Lunatic asylums Bombay report 1891-1903 - 1891-1903
Year: 1891
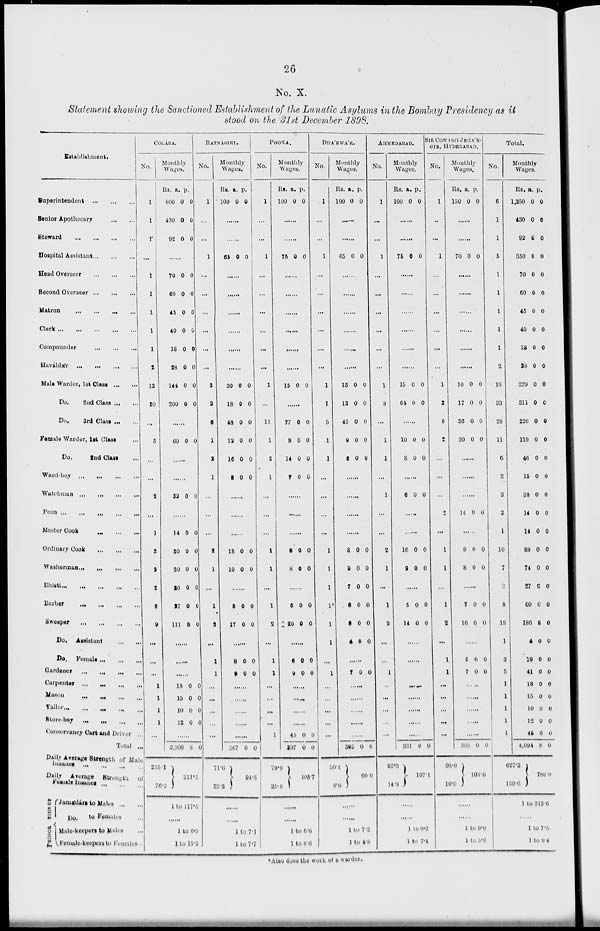
26
No. X.
Statement showing the Sanctioned Establishment of the Lunatic Asylums in the Bombay Presidency as it
stood on the 31st December 1898.
Establishment.
Superintendent
...
...
...
Senior Apothecary
...
...
Steward
...
...
...
...
Hospital Assistant
...
...
...
Head Overseer
...
...
Second Overseer
...
...
...
Matron
...
...
...
...
Clerk
...
...
...
...
...
Compounder
...
...
...
Haváldár ... ... ... ...
Male Warder, 1st Class
...
...
Do.
2nd Class
...
...
Do.
3rd
Class ... ...
Female Warder, 1st Class ...
Do.
2nd
Class ...
Ward-boy
...
...
...
...
Watchman ... ... ... ...
Peon ... ... ... ... ...
Master Cook
...
...
...
Ordinary Cook
...
...
...
Washerman
...
...
...
...
Bhisti
...
...
...
...
...
Barber
...
...
...
...
Sweeper
...
...
...
...
Do.
Assistant ... ...
Do.
Female
...
...
...
Gardener
...
...
...
...
Carpenter
...
...
...
...
Mason ... ... ... ...
Tailor ... ... ... ... ...
Store-boy
...
...
...
...
Conservancy Cart and Driver ...
Total ..
Daily Average strength of Male
Insanes ... ... ... ...
Daily Average Strength
Female Insanes ... ... ...
PROPORTION OF
Jamádárs to Males
...
...
Do. to Females ...
Male-keepers to Males ...
Female-keepers to Females ...
COLÁBA.
No.
1
1
1
...
1
1
1
1
1
2
12
20
...
5
...
...
2
...
1
3
2
2
3
9
...
...
...
1
1
1
1
...
RATNÁGIRI.
Monthly
Wages.
Rs.
800
430
92
a.
0
0
0
p.
0
0
0
......
70
60
45
40
18
28
144
200
0
0
0
0
0
0
0
0
0
0
0
0
0
0
0
0
......
60 0 0
......
32 0 0
......
14
30
30
20
27
111
0
0
0
0
0
8
0
0
0
0
0
0
......
......
......
18
15
10
12
0
0
0
0
0
0
0
0
......
2,306
235.1
76.2
8
0
311.3
1 to 117.5
......
1 to 6.9
1 to 15.2
No.
1
...
...
1
...
...
...
...
...
...
2
2
6
1
2
1
...
...
...
2
1
...
1
2
...
1
1
...
...
...
...
...
Monthly
Wages.
Rs.
100
a.
0
p.
0
......
......
65 0 0
......
......
......
......
......
......
30
18
48
12
16
8
0
0
0
0
0
0
0
0
0
0
0
0
......
......
......
18
10
0
0
0
0
......
8
17
0
0
0
0
8
9
0
0
0
0
......
......
......
......
......
367
71.6
23.2
0 0
94.8
......
......
1 to 7.1
1 to 7.7
POONA.
No.
1
...
...
1
...
...
...
...
...
...
1
...
11
1
2
1
...
...
...
1
1
...
1
2
...
1
1
...
...
...
...
1
Monthly
Wages.
Rs.
100
a.
0
p.
0
......
......
75 0 0
......
......
......
......
......
......
15 0 0
......
77
8
14
7
0
0
0
0
0
0
0
0
......
......
......
8
8
0
0
0
0
......
5
20
0
0
0
0
......
6
9
0
0
0
0
......
......
......
......
45
397
79.9
25.8
0
0
0
0
105.7
......
......
1 to 6.6
1 to 8.6
DHÁRWÁR.
No.
1
...
...
1
...
...
...
...
...
...
1
1
5
1
1
...
...
...
...
1
1
1
1*
1
1
...
1
...
...
...
...
...
Monthly
Wages.
Rs.
100
a.
0
p.
0
......
65 0 0
......
......
......
......
......
......
15
12
45
9
8
0
0
0
0
0
0
0
0
0
0
......
......
......
......
8
9
7
8
8
4
0
0
0
0
0
0
0
0
0
0
0
0
7 0
0
......
......
......
......
......
395
50.4
9.6
0 0
60.0
......
......
1 to 7.2
1 to 4.8
AHMEDABAD.
No.
1
...
...
1
...
...
...
...
...
...
1
8
...
1
1
...
1
...
...
2
1
...
1
2
...
...
1
...
...
...
...
...
Monthly
Wages.
Rs.
100
a.
0
p.
0
......
......
75 0 0
......
......
......
......
......
......
15
64
0
0
0
0
......
10
8
0
0
0
0
......
6 0 0
......
......
16
9
0
0
0
0
......
5
14
0
0
0
0
......
......
......
......
......
......
......
331
92.3
14.8
0 0
107.1
......
......
1 to 9.2
1 to 7.4
SIR COWASJI JEHÁN-
GIR, HYDERABAD.
No.
1
...
...
1
...
...
...
...
...
...
1
2
8
2
...
...
...
2
...
1
1
...
1
2
...
1
1
...
...
...
...
...
Monthly
Wages.
Rs.s
150
a.
0
p.
0
......
......
70 0 0
......
......
......
......
......
......
10
17
56
20
0
0
0
0
0
0
0
0
......
......
......
14 0 0
......
8
8
0
0
0
0
......
7
16
0
0
0
0
......
5
7
0
0
0
0
......
......
......
......
388
98.0
10.0
0
0
108.0
......
......
1 to 9.0
1 to 5.0
Total.
No.
6
1
1
5
1
1
1
1
1
2
18
33
28
11
6
2
3
2
1
10
7
2
8
18
1
3
5
1
1
1
1
1
Monthly
Wages.
Rs.
1,350
430
92
350
70
60
45
40
18
28
229
311
226
119
46
15
38
14
14
88
74
27
60
186
4
19
41
18
15
10
12
45
4,094
627.3
159.6
a.
0
0
0
0
0
0
0
0
0
0
0
0
0
0
0
0
0
0
0
0
0
0
0
8
0
0
0
0
0
0
0
0
8
p.
0
0
0
0
0
0
0
0
0
0
0
0
0
0
0
0
0
0
0
0
0
0
0
0
0
0
0
0
0
0
0
0
0
786.9
1 to 313.6
......
1 to 7.5
1 to 9.4
*Also does the work of a warder.